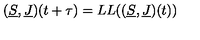
( \underline { { S } } , \underline { { J } } ) ( t + \tau ) = L L ( ( \underline { { S } } , \underline { { J } } ) ( t ) )